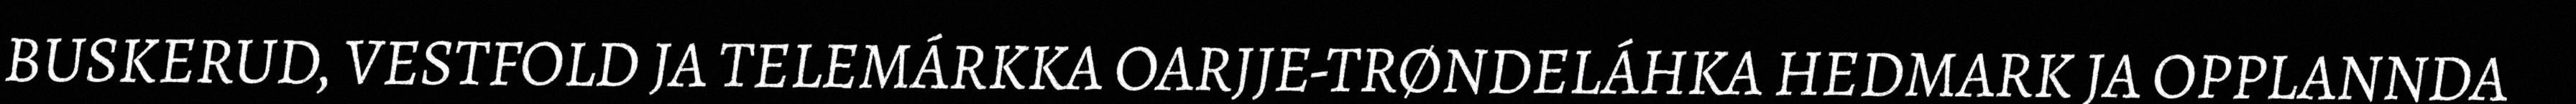
BUSKERUD, VESTFOLD JA TELEMÁRKKA OARJJE-TRØNDELÁHKA HEDMARK JA OPPLANNDA